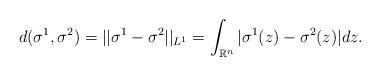
LaTeX: \begin{align*} d(\sigma^1,\sigma^2)=||\sigma^1-\sigma^2||_{L^1}=\int_{\mathbb{R}^n}|\sigma^1(z)-\sigma^2(z)|dz. \end{align*}